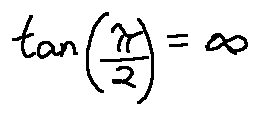
\tan ( \frac { \pi } { 2 } ) = \infty